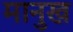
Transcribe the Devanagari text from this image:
मानुख